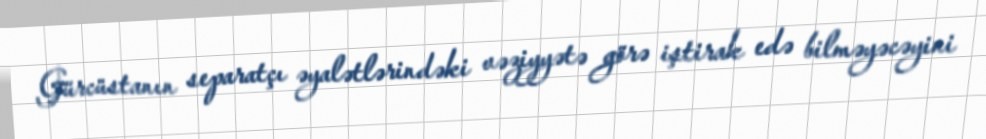
Gürcüstanın separatçı əyalətlərindəki vəziyyətə görə iştirak edə bilməyəcəyini